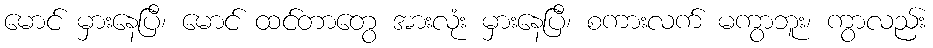
မောင် မှားနေပြီ၊ မောင် ထင်တာတွေ အားလုံး မှားနေပြီ၊ စကားလက် မကွာဘူး၊ ကွာလည်း